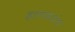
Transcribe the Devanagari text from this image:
हास्यव्यंग्य